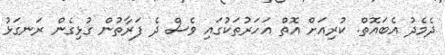
ދެމެދު އެބައޮތް. ކުރިއަށް އޮތް އަހަރުތަކުގައި ވެސް ދެ ފަރާތުން ގުޅިގެން ރަނގަޅު